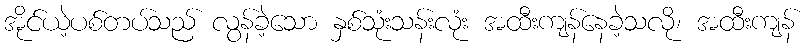
အိုင်ယဲ့ပစ်တပ်သည် လွန်ခဲ့သော နှစ်သုံးသန်းလုံး အထီးကျန်နေခဲ့သလို၊ အထီးကျန်